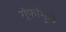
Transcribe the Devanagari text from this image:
गुंफांमुळे